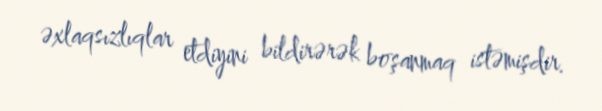
əxlaqsızlıqlar etdiyini bildirərək boşanmaq istəmişdir.